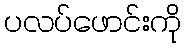
ပလပ်ဖောင်းကို